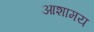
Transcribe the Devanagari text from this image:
आशामय